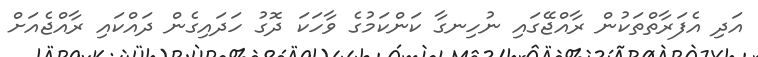
އަދި އެފަރާތްތަކުން ރާއްޖޭގައި ނުހިނގާ ކަންކަމުގެ ވާހަކަ ދޮގު ހަދައިގެން ދައްކައި ރާއްޖެއަށް